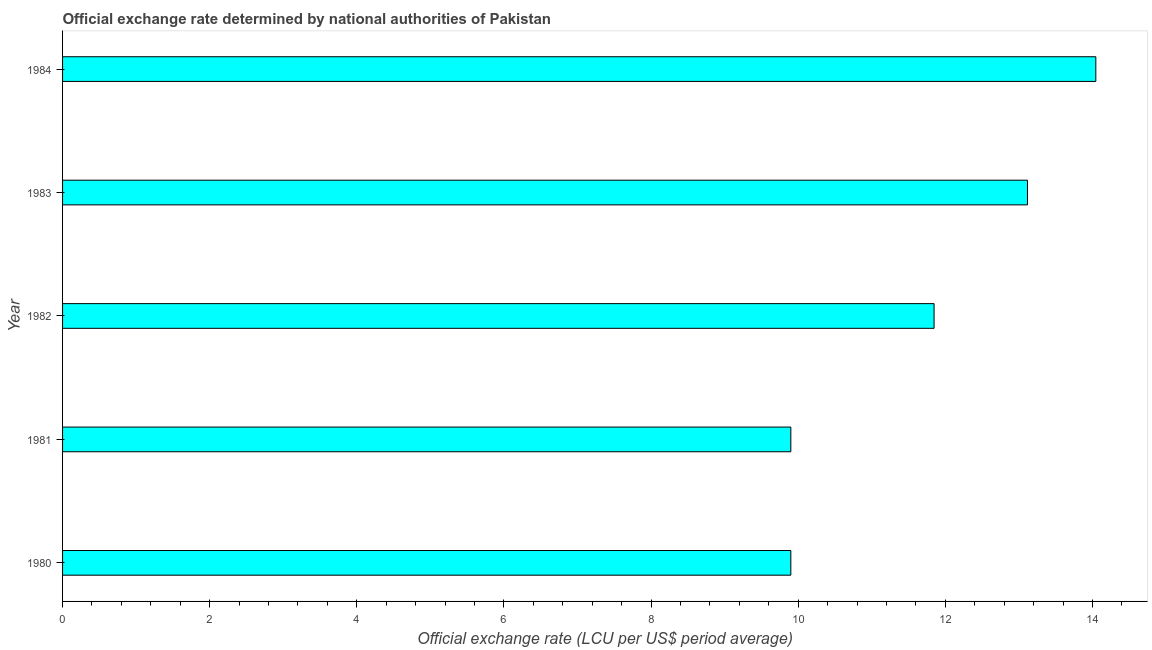
| Year | Official exchange rate |
 | --- | --- |
 | 1980 | 9.9 |
 | 1981 | 9.9 |
 | 1982 | 11.8 |
 | 1983 | 13.1 |
 | 1984 | 14 |